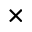
\times